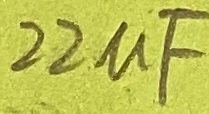
Text: 22µF